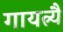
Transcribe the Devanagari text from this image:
गायत्र्यै